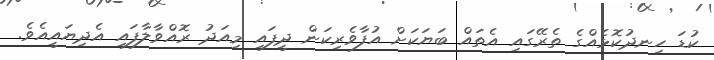
ކުޑަ ހިނދުކޮޅެއްގެ ތެރޭގައި އެތައް ބަޔަކަށް އުފާވެރިކަން ދީފައި މިއަދު ރޮއްވާލާފައި އެދިޔައީއެވެ.